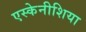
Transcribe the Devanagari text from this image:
एस्केनीशिया